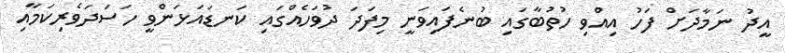
އީދު ނަމާދަށް ފަހު އިއްވި ހުތުބާގައި ބުނެފަައިވަނީ މިފަދަ ދުވަހެއްގައި ކަނޑައަޅަންވީ ހަސަދަވެރިކަމާއި